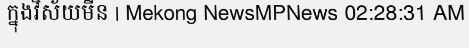
ក្នុងវិស័យមីន | Mekong NewsMPNews 02:28:31 AM